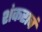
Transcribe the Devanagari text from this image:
शंकराचं